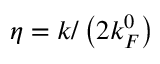
\eta = k / \left( 2 k _ { F } ^ { 0 } \right)